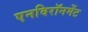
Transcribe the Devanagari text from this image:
एनविरॉनमेंट